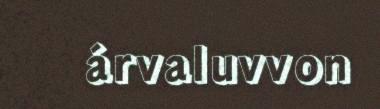
árvaluvvon